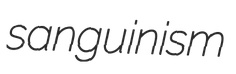
sanguinism